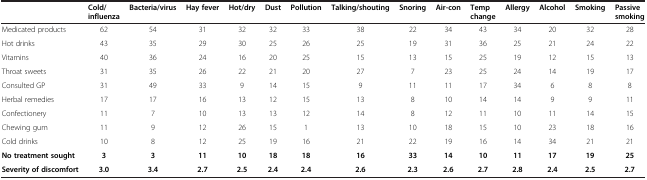
|  | Cold/ influenza | Bacteria/virus | Hay fever | Hot/dry | Dust | Pollution | Talking/shouting | Snoring | Air-con | Temp change | Allergy | Alcohol | Smoking | Passive smoking |
 | --- | --- | --- | --- | --- | --- | --- | --- | --- | --- | --- | --- | --- | --- | --- |
 | Medicated products | 62 | 54 | 31 | 32 | 32 | 33 | 38 | 22 | 34 | 43 | 34 | 20 | 32 | 28 |
 | Hot drinks | 43 | 35 | 29 | 30 | 25 | 26 | 25 | 19 | 31 | 36 | 25 | 21 | 24 | 22 |
 | Vitamins | 40 | 36 | 24 | 16 | 20 | 25 | 15 | 13 | 15 | 25 | 19 | 12 | 15 | 13 |
 | Throat sweets | 31 | 35 | 26 | 22 | 21 | 20 | 27 | 7 | 23 | 25 | 24 | 14 | 19 | 17 |
 | Consulted GP | 31 | 49 | 33 | 9 | 14 | 15 | 9 | 11 | 11 | 17 | 34 | 6 | 8 | 8 |
 | Herbal remedies | 17 | 17 | 16 | 13 | 12 | 15 | 13 | 8 | 10 | 14 | 14 | 9 | 9 | 11 |
 | Confectionery | 11 | 7 | 10 | 13 | 13 | 12 | 14 | 8 | 12 | 11 | 10 | 11 | 14 | 15 |
 | Chewing gum | 11 | 9 | 12 | 26 | 15 | 1 | 13 | 10 | 18 | 15 | 10 | 23 | 18 | 16 |
 | Cold drinks | 10 | 8 | 12 | 25 | 19 | 16 | 21 | 22 | 19 | 16 | 14 | 34 | 21 | 21 |
 | No treatment sought | 3 | 3 | 11 | 10 | 18 | 18 | 16 | 33 | 14 | 10 | 11 | 17 | 19 | 25 |
 | Severity of discomfort | 3.0 | 3.4 | 2.7 | 2.5 | 2.4 | 2.4 | 2.6 | 2.3 | 2.6 | 2.7 | 2.8 | 2.4 | 2.5 | 2.7 |